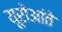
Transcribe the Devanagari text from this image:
यूरोआंते